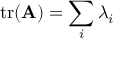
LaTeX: \operatorname { t r } ( \mathbf { A } ) = \sum _ { i } \lambda _ { i }